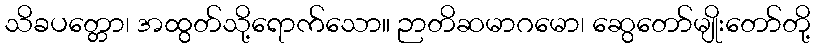
သိခပတ္တော၊ အထွတ်သို့ရောက်သော။ ဉာတိဆမာဂမော၊ ဆွေတော်မျိုးတော်တို့